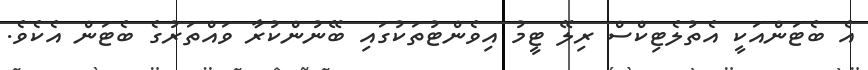
އެ ބެޓަންއަކީ އެތުލެޓިކްސް ރިލޭ ޓީމު އިވެންޓުތަކުގައި ބޭނުންކުރާ ވައްތަރުގެ ބެޓަން އެކެވެ.